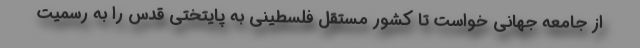
از جامعه جهانی خواست تا کشور مستقل فلسطینی به پایتختی قدس را به رسمیت